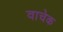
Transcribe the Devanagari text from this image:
वाचेक